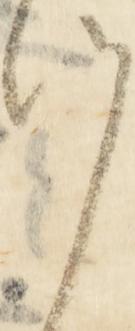
候